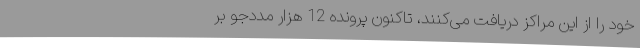
خود را از این مراکز دریافت می‌کنند، تاکنون پرونده 12 هزار مددجو بر